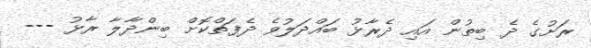
ރަށުގެ ދެ ބިތުން އައި ދެރާޅު ބައްދަލުވެ ދެފަތްކޮށް ބިންދާލާ ރާޅު ---